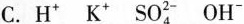
C.H^{+} K^{+} SO_{4}^{2} OH^{-}